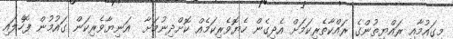
މިގައުމާއި ރައްޔިތުންގެ ރައްކާތެރިކަމަށް އެދިގެން ހެޔޮވެރިކަމެއް ކޮށްދިނުމަށާ  އަނިޔާވެރިކަން ގައުމުން ފޮހެލައި